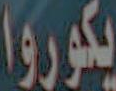
يكوروا